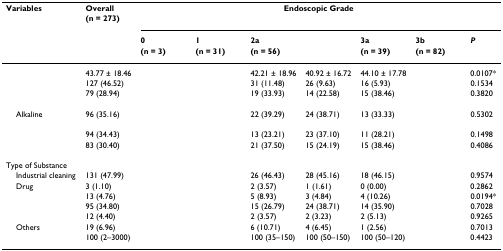
<table><thead><tr><td><b>Variables</b></td><td><b>Overall</b></td><td colspan="7"><b>Endoscopic Grade</b></td></tr><tr><td>[EMPTY_CELL]</td><td><b>(n = 273)</b></td><td colspan="7">[EMPTY_CELL]</td></tr><tr><td>[EMPTY_CELL]</td><td>[EMPTY_CELL]</td><td><b>0</b></td><td><b>1</b></td><td><b>2a</b></td><td>[EMPTY_CELL]</td><td><b>3a</b></td><td><b>3b</b></td><td><b><i>P</i></b></td></tr><tr><td>[EMPTY_CELL]</td><td>[EMPTY_CELL]</td><td><b>(n = 3)</b></td><td><b>(n = 31)</b></td><td><b>(n = 56)</b></td><td>[EMPTY_CELL]</td><td><b>(n = 39)</b></td><td><b>(n = 82)</b></td><td>[EMPTY_CELL]</td></tr></thead><tbody><tr><td>[EMPTY_CELL]</td><td>43.77 ± 18.46</td><td>[EMPTY_CELL]</td><td>[EMPTY_CELL]</td><td>42.21 ± 18.96</td><td>40.92 ± 16.72</td><td>44.10 ± 17.78</td><td>[EMPTY_CELL]</td><td>0.0107*</td></tr><tr><td>[EMPTY_CELL]</td><td>127 (46.52)</td><td>[EMPTY_CELL]</td><td>[EMPTY_CELL]</td><td>31 (11.48)</td><td>26 (9.63)</td><td>16 (5.93)</td><td>[EMPTY_CELL]</td><td>0.1534</td></tr><tr><td>[EMPTY_CELL]</td><td>79 (28.94)</td><td>[EMPTY_CELL]</td><td>[EMPTY_CELL]</td><td>19 (33.93)</td><td>14 (22.58)</td><td>15 (38.46)</td><td>[EMPTY_CELL]</td><td>0.3820</td></tr><tr><td>[EMPTY_CELL]</td><td>[EMPTY_CELL]</td><td>[EMPTY_CELL]</td><td>[EMPTY_CELL]</td><td>[EMPTY_CELL]</td><td>[EMPTY_CELL]</td><td>[EMPTY_CELL]</td><td>[EMPTY_CELL]</td><td>[EMPTY_CELL]</td></tr><tr><td> Alkaline</td><td>96 (35.16)</td><td>[EMPTY_CELL]</td><td>[EMPTY_CELL]</td><td>22 (39.29)</td><td>24 (38.71)</td><td>13 (33.33)</td><td>[EMPTY_CELL]</td><td>0.5302</td></tr><tr><td>[EMPTY_CELL]</td><td>[EMPTY_CELL]</td><td>[EMPTY_CELL]</td><td>[EMPTY_CELL]</td><td>[EMPTY_CELL]</td><td>[EMPTY_CELL]</td><td>[EMPTY_CELL]</td><td>[EMPTY_CELL]</td><td>[EMPTY_CELL]</td></tr><tr><td>[EMPTY_CELL]</td><td>94 (34.43)</td><td>[EMPTY_CELL]</td><td>[EMPTY_CELL]</td><td>13 (23.21)</td><td>23 (37.10)</td><td>11 (28.21)</td><td>[EMPTY_CELL]</td><td>0.1498</td></tr><tr><td>[EMPTY_CELL]</td><td>83 (30.40)</td><td>[EMPTY_CELL]</td><td>[EMPTY_CELL]</td><td>21 (37.50)</td><td>15 (24.19)</td><td>15 (38.46)</td><td>[EMPTY_CELL]</td><td>0.4086</td></tr><tr><td>Type of Substance</td><td>[EMPTY_CELL]</td><td>[EMPTY_CELL]</td><td>[EMPTY_CELL]</td><td>[EMPTY_CELL]</td><td>[EMPTY_CELL]</td><td>[EMPTY_CELL]</td><td>[EMPTY_CELL]</td><td>[EMPTY_CELL]</td></tr><tr><td> Industrial cleaning</td><td>131 (47.99)</td><td>[EMPTY_CELL]</td><td>[EMPTY_CELL]</td><td>26 (46.43)</td><td>28 (45.16)</td><td>18 (46.15)</td><td>[EMPTY_CELL]</td><td>0.9574</td></tr><tr><td> Drug</td><td>3 (1.10)</td><td>[EMPTY_CELL]</td><td>[EMPTY_CELL]</td><td>2 (3.57)</td><td>1 (1.61)</td><td>0 (0.00)</td><td>[EMPTY_CELL]</td><td>0.2862</td></tr><tr><td>[EMPTY_CELL]</td><td>13 (4.76)</td><td>[EMPTY_CELL]</td><td>[EMPTY_CELL]</td><td>5 (8.93)</td><td>3 (4.84)</td><td>4 (10.26)</td><td>[EMPTY_CELL]</td><td>0.0194*</td></tr><tr><td>[EMPTY_CELL]</td><td>95 (34.80)</td><td>[EMPTY_CELL]</td><td>[EMPTY_CELL]</td><td>15 (26.79)</td><td>24 (38.71)</td><td>14 (35.90)</td><td>[EMPTY_CELL]</td><td>0.7028</td></tr><tr><td>[EMPTY_CELL]</td><td>12 (4.40)</td><td>[EMPTY_CELL]</td><td>[EMPTY_CELL]</td><td>2 (3.57)</td><td>2 (3.23)</td><td>2 (5.13)</td><td>[EMPTY_CELL]</td><td>0.9265</td></tr><tr><td> Others</td><td>19 (6.96)</td><td>[EMPTY_CELL]</td><td>[EMPTY_CELL]</td><td>6 (10.71)</td><td>4 (6.45)</td><td>1 (2.56)</td><td>[EMPTY_CELL]</td><td>0.7013</td></tr><tr><td>[EMPTY_CELL]</td><td>100 (2–3000)</td><td>[EMPTY_CELL]</td><td>[EMPTY_CELL]</td><td>100 (35–150)</td><td>100 (50–150)</td><td>100 (50–120)</td><td>[EMPTY_CELL]</td><td>0.4423</td></tr></tbody></table>